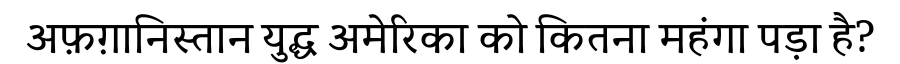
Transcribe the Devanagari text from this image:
अफ़ग़ानिस्तान युद्ध अमेरिका को कितना महंगा पड़ा है?